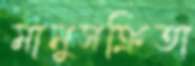
মানুসক্রিতা